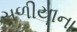
સળીયાના